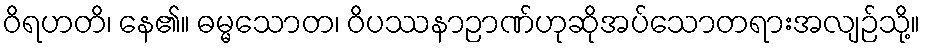
ဝိရဟတိ၊ နေ၏။ ဓမ္မသောတ၊ ဝိပဿနာဉာဏ်ဟုဆိုအပ်သောတရားအလျဉ်သို့။